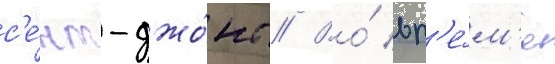
с'е́нт-джо́нс // Во́ вр'е́м'я